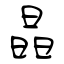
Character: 晶